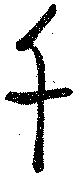
千